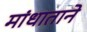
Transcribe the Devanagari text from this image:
मांधाताने